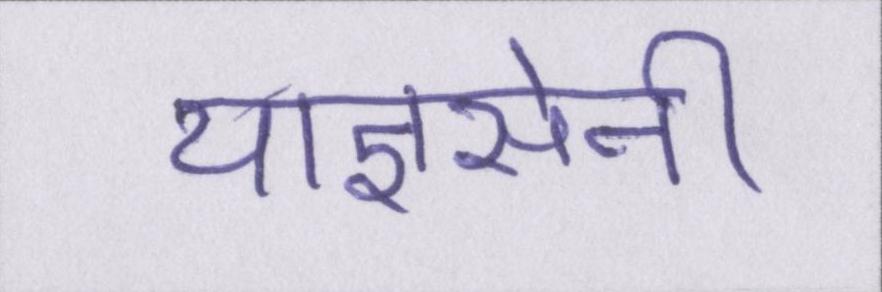
याज्ञसेनी